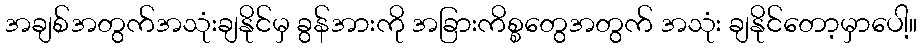
အချစ်အတွက်အသုံးချနိုင်မှ ခွန်အားကို အခြားကိစ္စတွေအတွက် အသုံး ချနိုင်တော့မှာပေါ့။